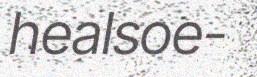
healsoe-